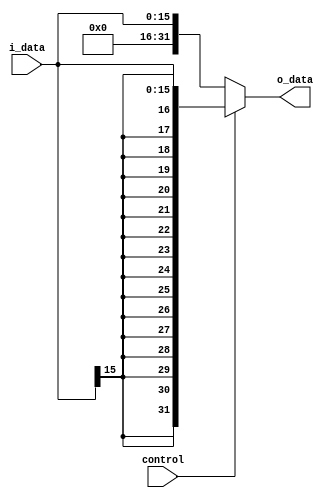
module signExtend(i_data, o_data, control);
input   [15:0]  i_data;
input   control;
output  [31:0]  o_data;

    assign o_data = control ? { {16{i_data[15]}} ,i_data } : { 16'b0000_0000_0000_0000, i_data };
endmodule